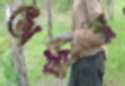
অর্ষার